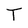
Character: T